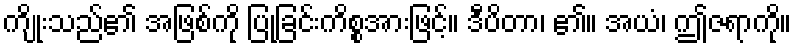
ကျိုးသည်၏ အဖြစ်ကို ပြုခြင်းကိစ္စအားဖြင့်။ ဒီပိတာ၊ ၏။ အယံ၊ ဤဇရာကို။